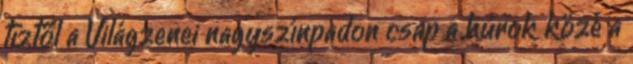
tíztől a Világzenei nagyszínpadon csap a húrok közé a